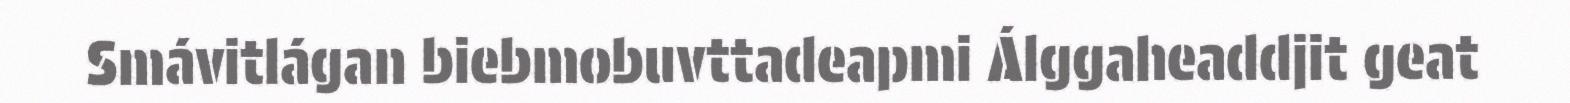
Smávitlágan biebmobuvttadeapmi Álggaheaddjit geat